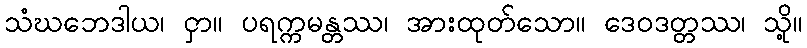
သံဃဘေဒါယ၊ ငှာ။ ပရက္ကမန္တဿ၊ အားထုတ်သော။ ဒေဝဒတ္တဿ၊ သို့။